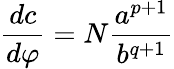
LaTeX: \frac{dc}{d\varphi}=N\frac{a^{p+1}}{b^{q+1}}